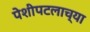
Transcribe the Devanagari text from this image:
पेशीपटलाच्या